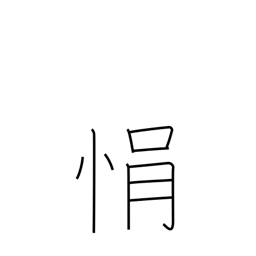
Meaning: impatience